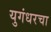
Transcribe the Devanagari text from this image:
युगंधरचा